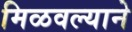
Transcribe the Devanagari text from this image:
मिळवल्याने